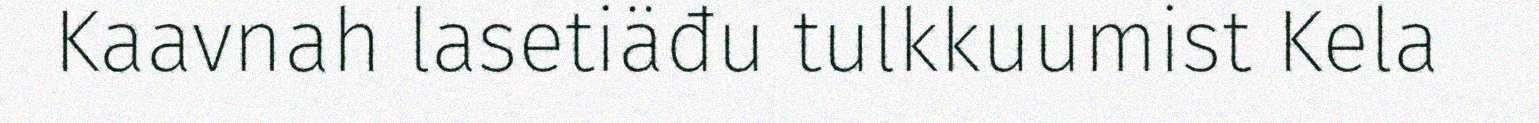
Kaavnah lasetiäđu tulkkuumist Kela